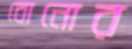
বোনোর